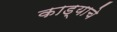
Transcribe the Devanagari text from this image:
काड्याचे